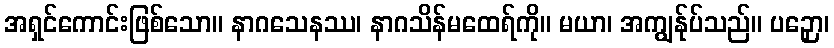
အရှင်ကောင်းဖြစ်သော။ နာဂသေနဿ၊ နာဂသိန်မထေရ်ကို။ မယာ၊ အကျွန်ုပ်သည်။ ပဉှော၊